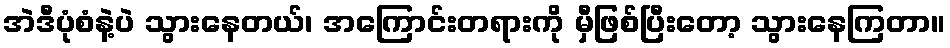
အဲဒီပုံစံနဲ့ပဲ သွားနေတယ်၊ အကြောင်းတရားကို မှီဖြစ်ပြီးတော့ သွားနေကြတာ။